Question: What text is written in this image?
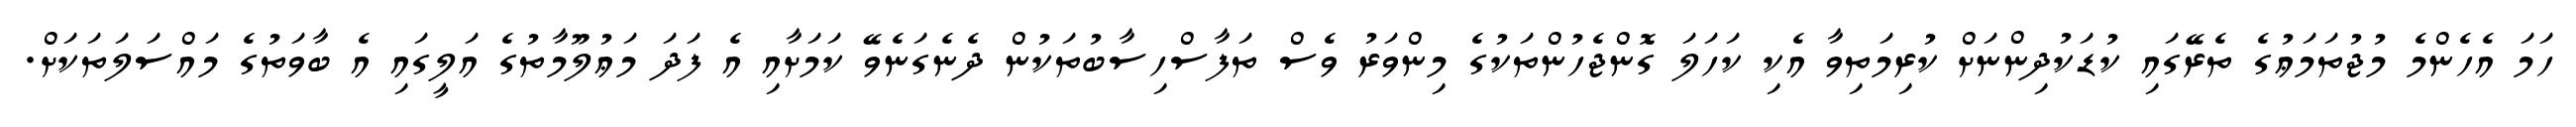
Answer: ހަމަ އެހެންމެ މުޖުތަމަޢުގެ ތެރޭގައި ކުޑަކުދިންނަށް ކުރިމަތިވާ އެކި ކަހަލަ ގޮންޖެހުންތަކުގެ މިންވަރު ވެސް ތަފާސްހިސާބުތަކުން ދެނެގަނެވޭ ކަމަށާއި އެ ފަދަ މަޢުލޫމާތުގެ އަލީގައި އެ ބާވަތުގެ މައްސަލަތަކަށް.